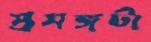
প্রসঙ্গটা